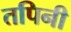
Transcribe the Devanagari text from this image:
तपिनी